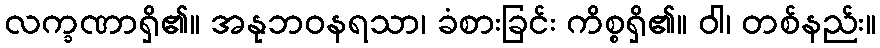
လက္ခဏာရှိ၏။ အနုဘဝနရသာ၊ ခံစားခြင်း ကိစ္စရှိ၏။ ဝါ၊ တစ်နည်း။